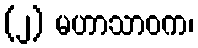
(၂) မဟာသာဝက၊